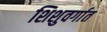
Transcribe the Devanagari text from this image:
शिशुवर्गात